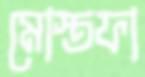
মোস্তফা